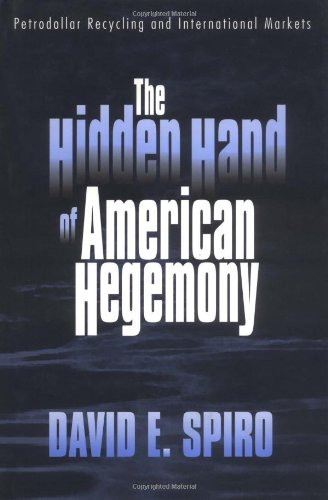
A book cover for The Hidden Hand of American Hegemony: Petrodollar Recycling and International Markets (Cornell Studies in Political Economy); David E. Spiro; Business & Money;